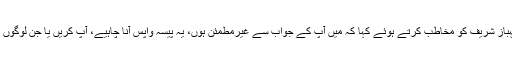
چیف جسٹس نے شہباز شریف کو مخاطب کرتے ہوئے کہا کہ میں آپ کے جواب سے غیرمطمئن ہوں، یہ پیسہ واپس آنا چاہیے، آپ کریں یا جن لوگوں نے یہ پیسہ لیا ہے۔